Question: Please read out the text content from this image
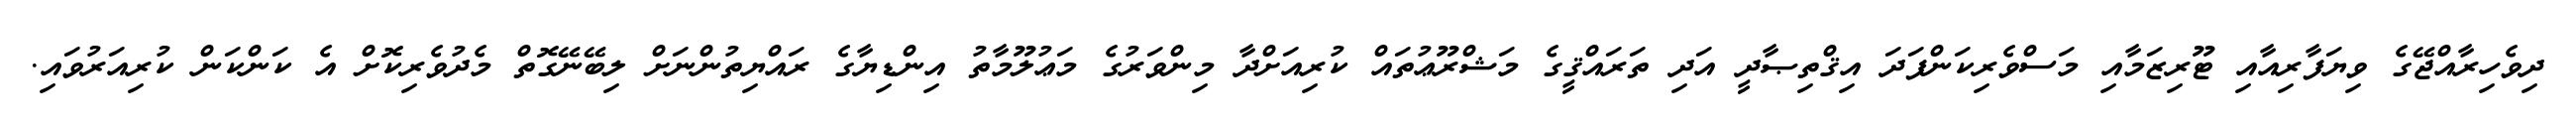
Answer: ދިވެހިރާއްޖޭގެ ވިޔަފާރިއާއި ޓޫރިޒަމާއި މަސްވެރިކަންފަދަ އިޤްތިޞާދީ އަދި ތަރައްޤީގެ މަޝްރޫޢުތައް ކުރިއަށްދާ މިންވަރުގެ މަޢުލޫމާތު އިންޑިޔާގެ ރައްޔިތުންނަށް ލިބޭނޭގޮތް މެދުވެރިކޮށް އެ ކަންކަން ކުރިއަރުވައި.